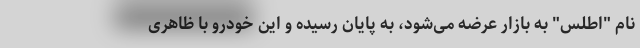
نام "اطلس" به بازار عرضه می‌شود، به پایان رسیده و این خودرو با ظاهری